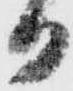
日